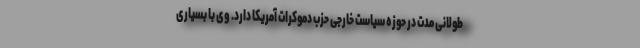
طولانی مدت در حوزه سیاست خارجی حزب دموکرات آمریکا دارد. وی با بسیاری